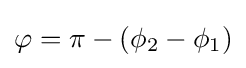
\varphi =\pi -(\phi _{2}-\phi _{1})